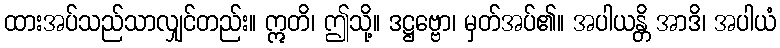
ထားအပ်သည်သာလျှင်တည်း။ ဣတိ၊ ဤသို့။ ဒဋ္ဌဗ္ဗော၊ မှတ်အပ်၏။ အပါယန္တိ အာဒိ၊ အပါယံ